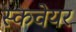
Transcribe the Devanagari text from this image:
स्कवेयर